Leaving Certificate Examination (including Day School Certificate (Higher) General paper), 1927
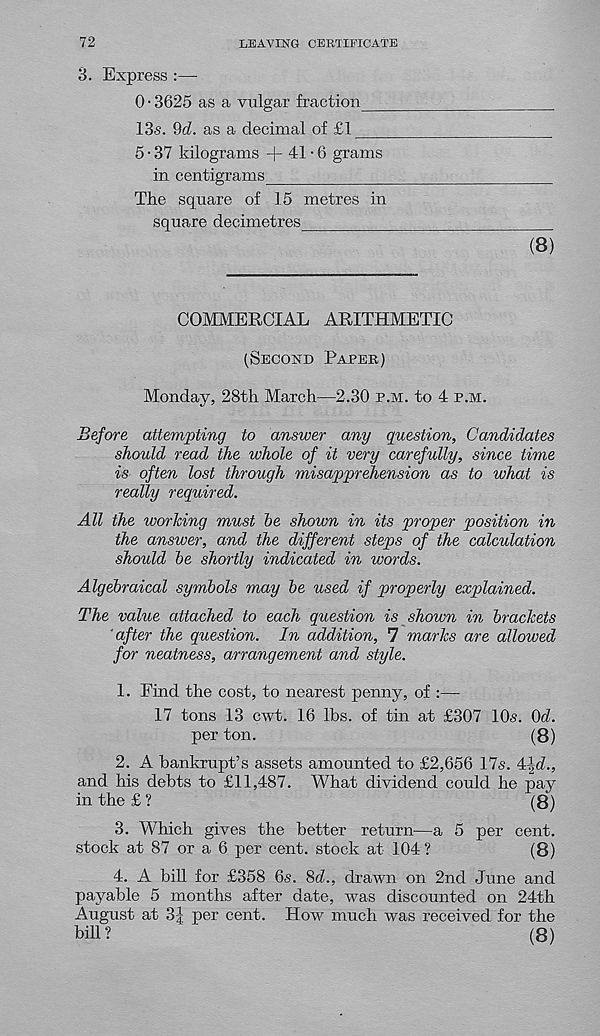
72
LEAVING CERTIFICATE
3. Express :—
0 • 3625 as a vulgar fraction
13s. !M. as a decimal of £1
5 • 37 kilograms + 41-6 grams
in centigrams
The square of 15 metres in
square decimetres
(8)
COMMERCIAL ARITHMETIC
(Second Paper)
Monday, 28th March—2.30 p.m. to 4 p.m.
Before attempting to answer any question. Candidates
should read the whole of it very carefully, since time
is often lost through misapprehension as to what is
really required.
All the working must he shown in its proper position in
the answer, and the different steps of the calculation
should he shortly indicated in words.
Algebraical symbols may he used if properly explained.
The value attached to each question is shown in brackets
‘after the question. In addition, 7 marks are allowed
for neatness, arrangement and style.
1. Find the cost, to nearest penny, of :—
17 tons 13 cwt. 16 lbs. of tin at £307 10s. Od.
per ton.
(8)
2. A bankrupt’s assets amounted to £2,656 17s. 4|d.,
and his debts to £11,487. What dividend could he pay
in the £ ?
(8)
3. Which gives the better return—a 5 per cent,
stock at 87 or a 6 per cent, stock at 104 ?
(8)
4. A bill for £358 6s. 8d., drawn on 2nd June and
payable 5 months after date, was discounted on 24th
August at 3|; per cent. How much was received for the
bill?
(8)